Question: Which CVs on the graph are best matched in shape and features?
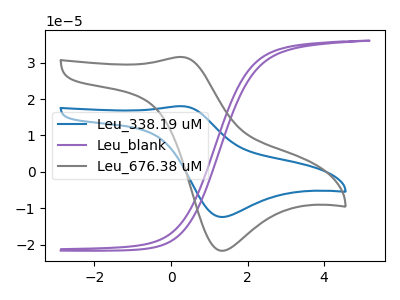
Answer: <think>The blue curve "Leu_338.19 uM" has an anodic peak at (0.30V, 18.05uA) and a cathodic peak at (1.30V, -12.40uA). The purple curve "Leu_blank" has no peaks. The gray curve "Leu_676.38 uM" has an anodic peak at (0.30V, 31.55uA) and a cathodic peak at (1.30V, -21.65uA).
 "Leu_338.19 uM" and "Leu_blank" have a different number of peaks. All the peaks in "Leu_338.19 uM" have a peak in "Leu_676.38 uM" at the same potential. Every peak in "Leu_338.19 uM" is lower than every peak in "Leu_676.38 uM". "Leu_blank" and "Leu_676.38 uM" have a different number of peaks.</think>
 <answer>"Leu_676.38 uM" and "Leu_338.19 uM" have the same shape and are likely CV's of the same chemical.</answer>
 <eval>"Leu_676.38 uM" "Leu_338.19 uM"</eval>